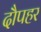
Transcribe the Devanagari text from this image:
दौपहर